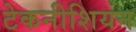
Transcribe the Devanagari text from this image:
टेकनीशियन